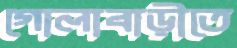
গোলাবাড়ীতে